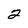
Character: 2